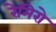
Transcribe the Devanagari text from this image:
रेमिरो